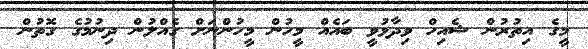
މީގެ އިތުރުން ޝެއިހް ވިދާޅުވީ ބައެއް މީހުން މީހުންނަށް ގެއްލުން ދިނުމުގެ ގޮތުން